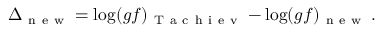
\centering \Delta _ { \mathrm { ~ n ~ e ~ w ~ } } = \log ( g f ) _ { \mathrm { ~ T ~ a ~ c ~ h ~ i ~ e ~ v ~ } } - \log ( g f ) _ { \mathrm { ~ n ~ e ~ w ~ } } \, .